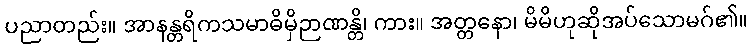
ပညာတည်း။ အာနန္တရိကသမာဓိမှိဉာဏန္တိ၊ ကား။ အတ္တနော၊ မိမိဟုဆိုအပ်သောမဂ်၏။